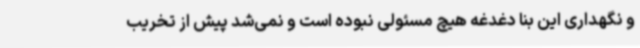
و نگهداری این بنا دغدغه هیچ مسئولی نبوده است و نمی‌شد پیش از تخریب